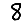
Digit: 8